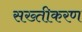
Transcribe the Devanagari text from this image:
सख्तीकरण